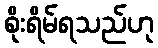
စိုးရိမ်ရသည်ဟု